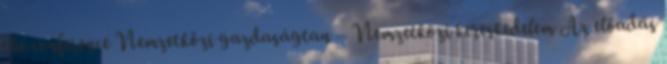
the conference Nemzetközi gazdaságtan – Nemzetközi kereskedelem Az előadás